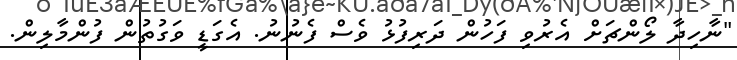
"ނާހިދާ ލޯންޗަށް އެރުވި ފަހުން ދަރިފުޅު ވެސް ފެނުނު. އެގަޑީ ވަގުތުން ފުންމާލިން.